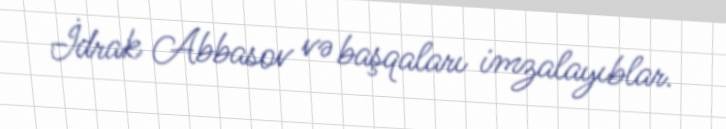
İdrak Abbasov və başqaları imzalayıblar.